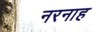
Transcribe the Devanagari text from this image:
नरनाह